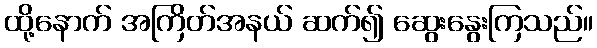
ထို့နောက် အကြိတ်အနယ် ဆက်၍ ဆွေးနွေးကြသည်။